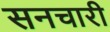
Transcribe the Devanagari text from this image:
सनचारी